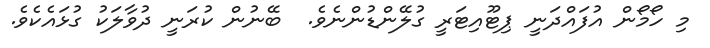
މި ހޯމޯން އުފައްދަނީ ޕިޓޫއިޓަރީ ގުލޭންޑުންނެވެ.  ބޭނުން ކުރަނީ ދުވާލަކު ގުޅައެކެވެ.